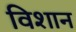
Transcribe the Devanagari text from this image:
विशान